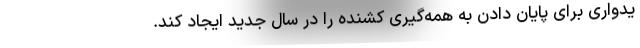
یدواری برای پایان دادن به همه‌گیری کشنده را در سال جدید ایجاد کند.